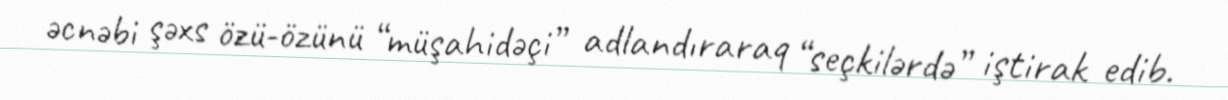
əcnəbi şəxs özü-özünü “müşahidəçi” adlandıraraq “seçkilərdə” iştirak edib.